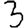
Digit: 3